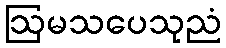
ဩမသပေသုညံ